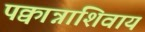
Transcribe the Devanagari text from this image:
पक्वान्नाशिवाय